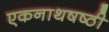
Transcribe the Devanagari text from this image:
एकनाथषष्ठी